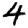
Digit: 4